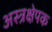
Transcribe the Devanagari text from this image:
अस्त्रक्षेपक